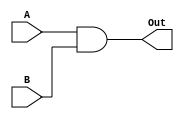
`timescale 1ns / 1ps
//////////////////////////////////////////////////////////////////////////////////
// Company: 
// Engineer: 
// 
// Design Name: 
// Module Name: ANDGate
// Project Name: 
// Target Devices: 
// Tool Versions: 
// Description: 
// 
// Dependencies: 
// 
// Revision:
// Revision 0.01 - File Created
// Additional Comments:
// 
//////////////////////////////////////////////////////////////////////////////////


module ANDGate(A, B, Out);
    input A, B;
    output reg Out;
    
    always@(*) begin
        Out <= A && B;
    end
endmodule